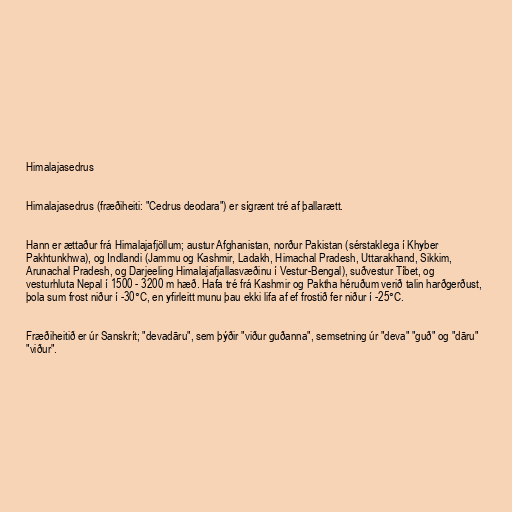
Himalajasedrus

Himalajasedrus (fræðiheiti: "Cedrus deodara") er sígrænt tré af þallarætt.

Hann er ættaður frá Himalajafjöllum; austur Afghanistan, norður Pakistan (sérstaklega í Khyber
Pakhtunkhwa), og Indlandi (Jammu og Kashmir, Ladakh, Himachal Pradesh, Uttarakhand, Sikkim,
Arunachal Pradesh, og Darjeeling Himalajafjallasvæðinu í Vestur-Bengal), suðvestur Tíbet, og
vesturhluta Nepal í 1500 - 3200 m hæð. Hafa tré frá Kashmir og Paktha héruðum verið talin harðgerðust,
þola sum frost niður í -30°C, en yfirleitt munu þau ekki lifa af ef frostið fer niður í -25°C.

Fræðiheitið er úr Sanskrít; "devadāru", sem þýðir "viður guðanna", semsetning úr "deva" "guð" og "dāru"
"viður".